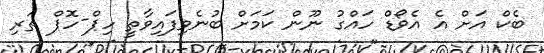
ބެކް އަށް އެ އެވޯޑް ހައްގު ނޫން ކަމަށް ބުނެވިފައިވާތީ ހިޕް-ހޮޕް ތަރި